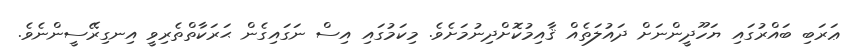
ޢަރަބި ބައްރުގައި ޔަހޫދީންނަށް ދައުލަތެއް ޤާއިމުކޮށްދިނުމަށެވެ. މިކަމުގައި އިސް ނަގައިގެން ޙަރަކާތްތެރިވީ އިނގިރޭސީންނެވެ.